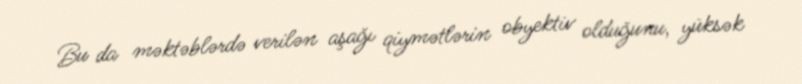
Bu da məktəblərdə verilən aşağı qiymətlərin obyektiv olduğunu, yüksək